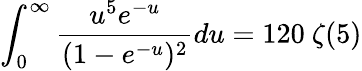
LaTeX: \int_{0}^{\infty}\frac{u^{5}e^{-u}}{(1-e^{-u})^{2}}du=120~\zeta(5)